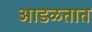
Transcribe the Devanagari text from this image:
अाडळतात